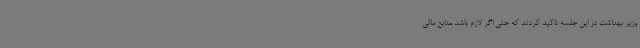
وزیر بهداشت در این جلسه تاکید کردند که حتی اگر لازم باشد منابع مالی